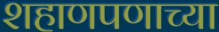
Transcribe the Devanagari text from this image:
शहाणपणाच्या